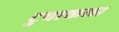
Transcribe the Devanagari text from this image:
टुवाकला